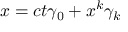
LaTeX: x = c t \gamma _ { 0 } + x ^ { k } \gamma _ { k }